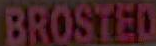
BROSTED